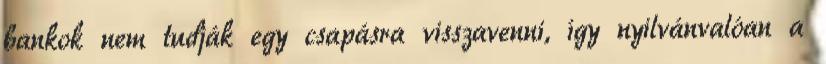
bankok nem tudják egy csapásra visszavenni, így nyilvánvalóan a